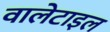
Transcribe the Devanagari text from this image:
वालेटाइल